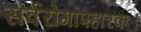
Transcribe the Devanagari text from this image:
सर्वरोगापहारकः।